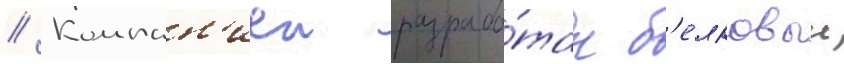
// Компан'иеи разрабо́тан б'елковыи